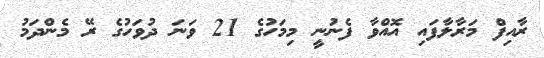
ރާއިފް މަރާލާފައި އޮއްވާ ފެނުނީ މިމަހުގެ 21 ވަނަ ދުވަހުގެ ރޭ މެންދަމު